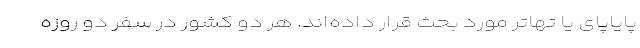
پایاپای یا تهاتر مورد بحث قرار داده‌اند. هر دو کشور در سفر دو روزه